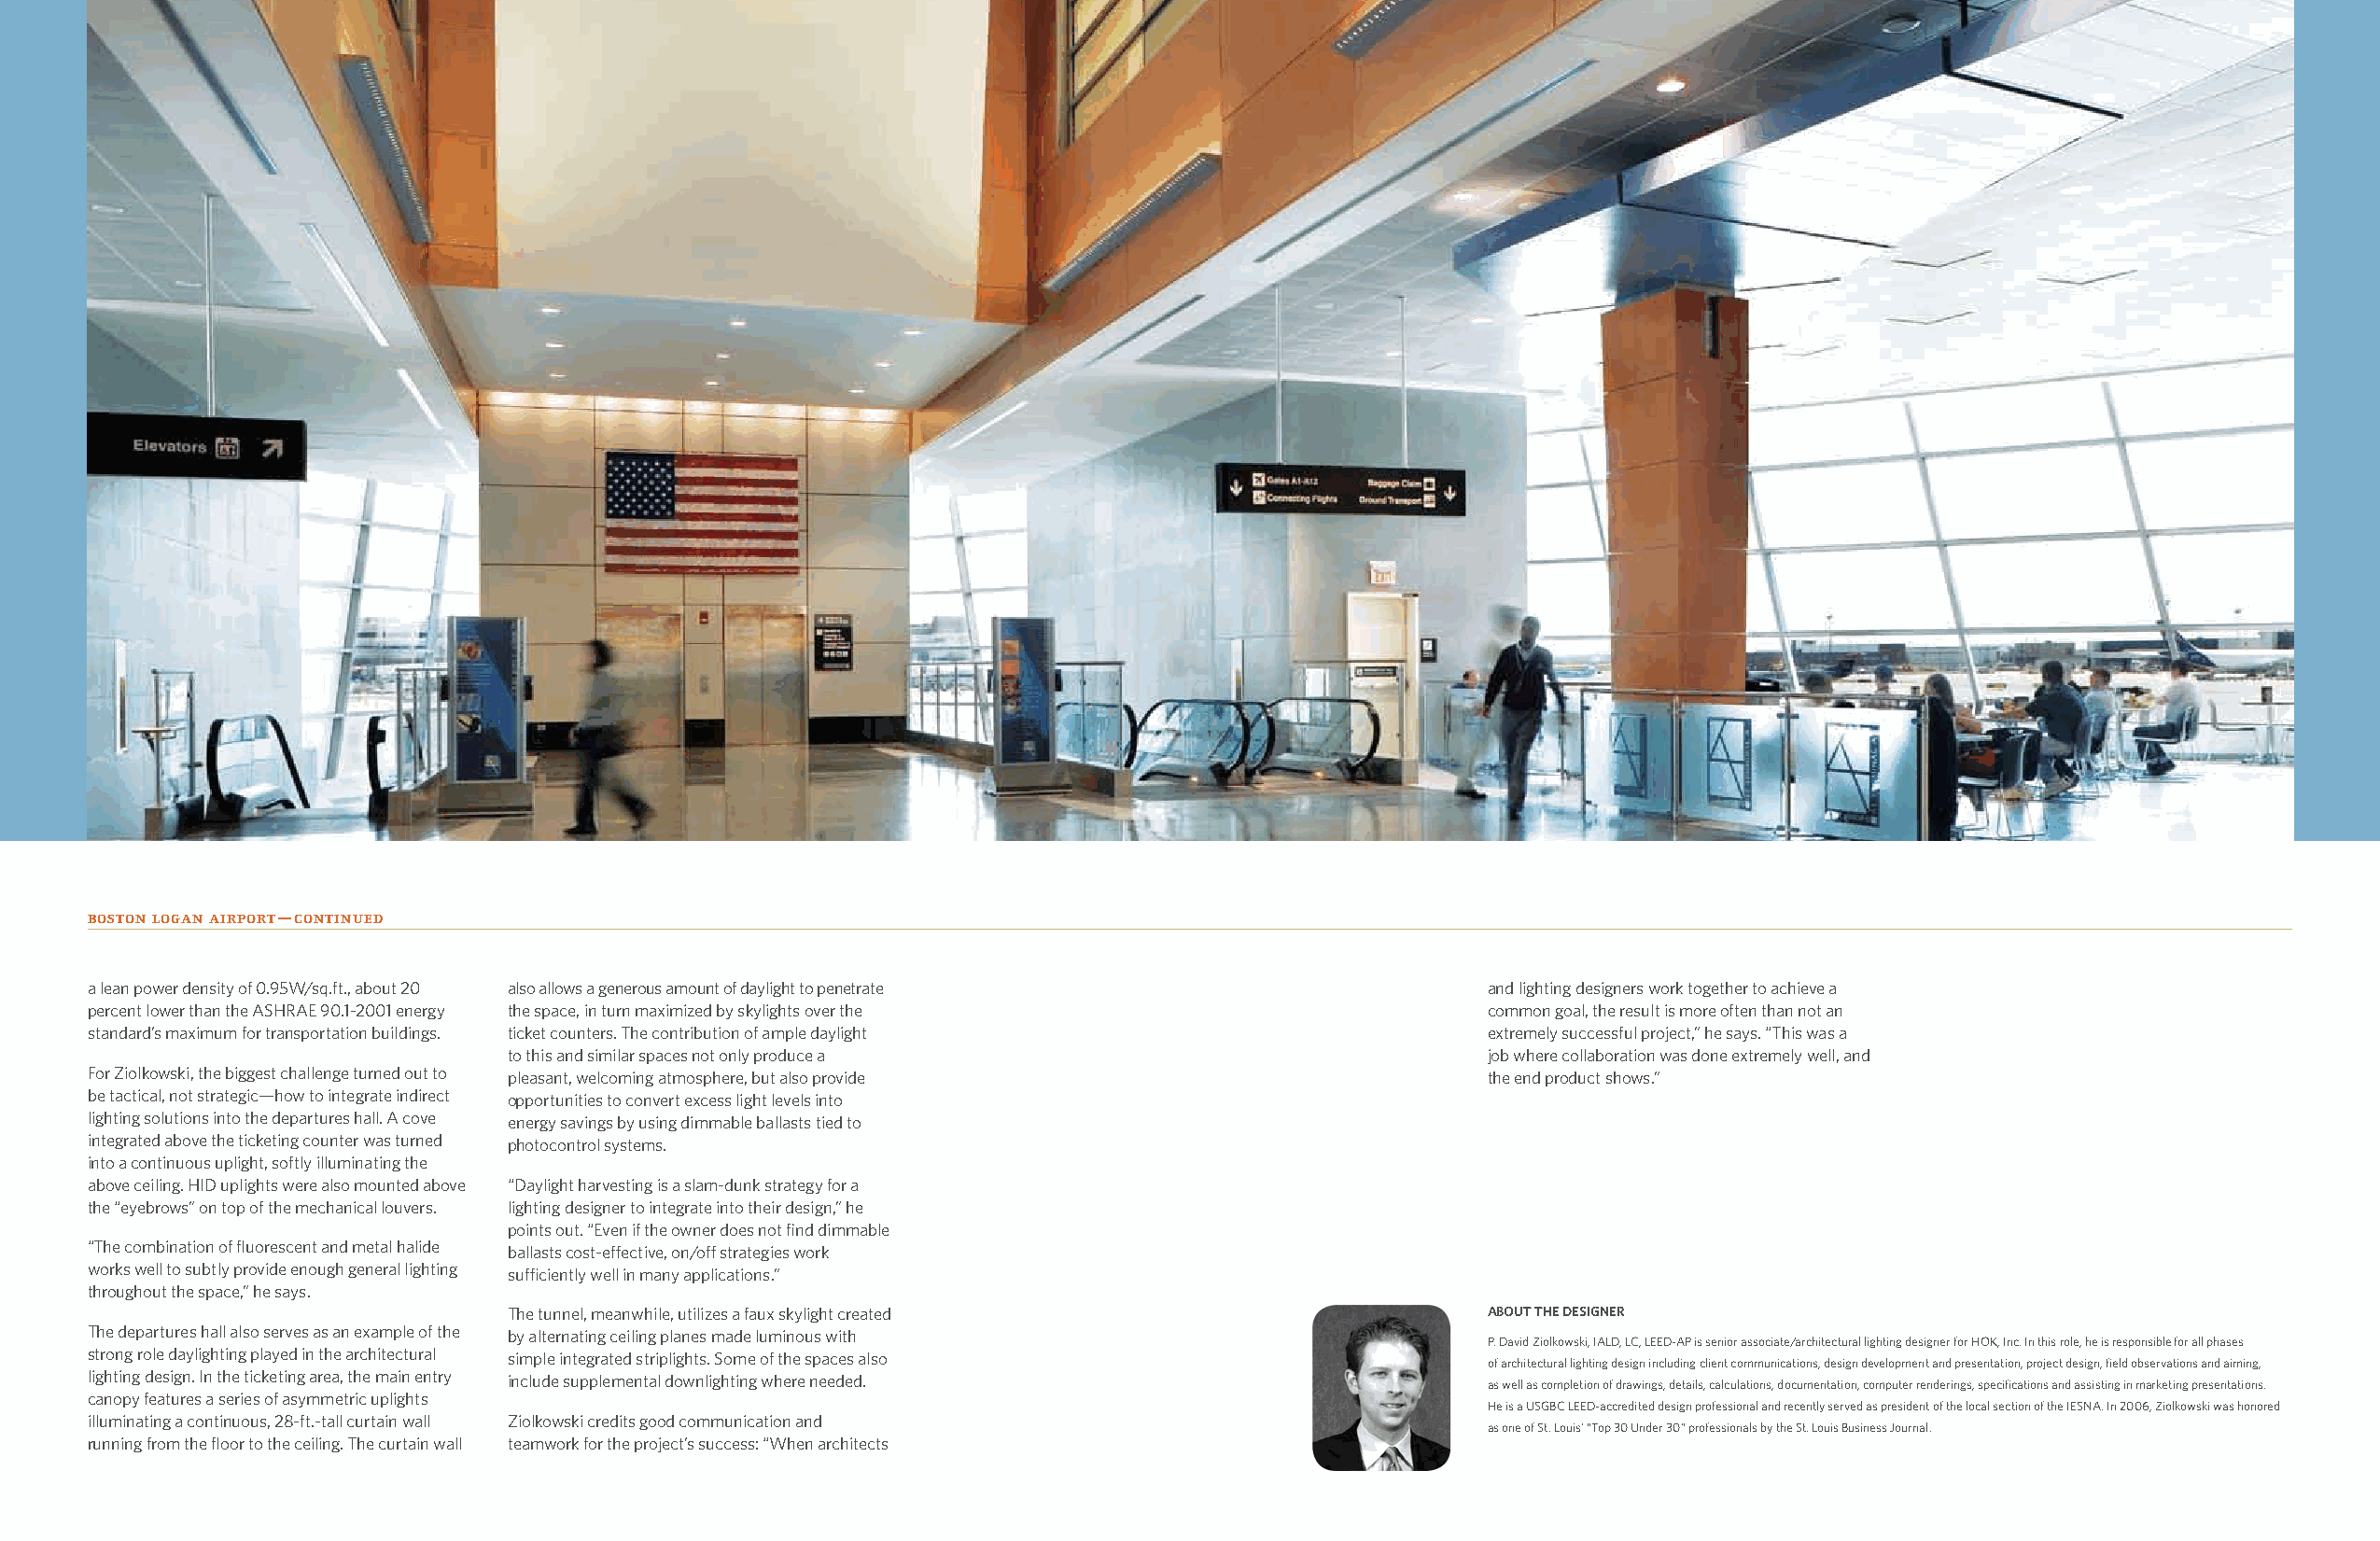
boston logan airport—continued
 a lean power density of 0.95W/sq.ft., about 20 also allows a generous amount of daylight to penetrate and lighting designers work together to achieve a
 percent lower than the ASHRAE 90.1-2001 energy the space, in turn maximized by skylights over the   common goal, the result is more often than not an
 standard’s maximum for transportation buildings. ticket counters. The contribution of ample daylight extremely successful project,” he says. “This was a
 to this and similar spaces not only produce a                         job where collaboration was done extremely well, and
 For Ziolkowski, the biggest challenge turned out to pleasant, welcoming atmosphere, but also provide the end product shows.”
 be tactical, not strategic—how to integrate indirect opportunities to convert excess light levels into
 lighting solutions into the departures hall. A cove energy savings by using dimmable ballasts tied to
 integrated above the ticketing counter was turned photocontrol systems.
 into a continuous uplight, softly illuminating the
 above ceiling. HID uplights were also mounted above “Daylight harvesting is a slam-dunk strategy for a
 the “eyebrows” on top of the mechanical louvers. lighting designer to integrate into their design,” he
 points out. “Even if the owner does not find dimmable
 “The combination of fluorescent and metal halide ballasts cost-effective, on/off strategies work
 works well to subtly provide enough general lighting sufficiently well in many applications.”
 throughout the space,” he says.
 The tunnel, meanwhile, utilizes a faux skylight created               ABOUT THE DESIGNER
 The departures hall also serves as an example of the by alternating ceiling planes made luminous with
 P. David Ziolkowski, IALD, LC, LEED-AP is senior associate/architectural lighting designer for HOK, Inc. In this role, he is responsible for all phases
 strong role daylighting played in the architectural simple integrated striplights. Some of the spaces also
 of architectural lighting design including client communications, design development and presentation, project design, field observations and aiming,
 lighting design. In the ticketing area, the main entry include supplemental downlighting where needed. as well as completion of drawings, details, calculations, documentation, computer renderings, specifications and assisting in marketing presentations.
 canopy features a series of asymmetric uplights
 He is a USGBC LEED-accredited design professional and recently served as president of the local section of the IESNA. In 2006, Ziolkowski was honored
 illuminating a continuous, 28-ft.-tall curtain wall Ziolkowski credits good communication and
 as one of St. Louis’ “Top 30 Under 30” professionals by the St. Louis Business Journal.
 running from the floor to the ceiling. The curtain wall teamwork for the project’s success: “When architects